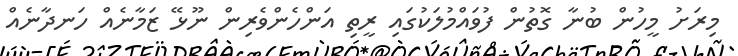
މިރަށު މީހުން ބުނާ ގޮތުން ފުވައްމުލަކުގައި ރީތި އަންހެންވެރިން ނޫޅޭ ޒަމާނެއް ހަނދާނެއް